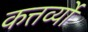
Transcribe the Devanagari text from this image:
कत्तर्व्यों